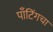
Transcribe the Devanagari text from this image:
पाँटिंगचा